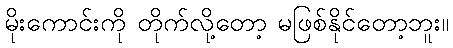
မိုးကောင်းကို တိုက်လို့တော့ မဖြစ်နိုင်တော့ဘူး။